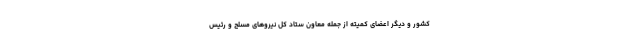
کشور و دیگر اعضای کمیته از جمله معاون ستاد کل نیروهای مسلح و رئیس